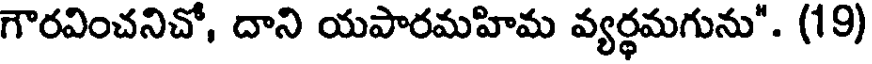
గౌరవించనిచో, దాని యపారమహిమ వ్యర్థమగును". (19)